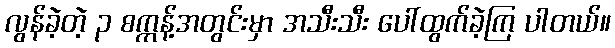
လွန်ခဲ့တဲ့ ၃ စက္ကန့်အတွင်းမှာ အသီးသီး ပေါ်ထွက်ခဲ့ကြ ပါတယ်။